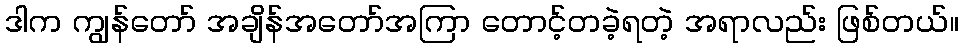
ဒါက ကျွန်တော် အချိန်အတော်အကြာ တောင့်တခဲ့ရတဲ့ အရာလည်း ဖြစ်တယ်။